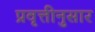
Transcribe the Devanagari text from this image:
प्रवृत्तीनुसार